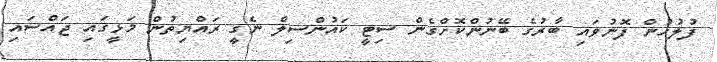
ފުލުހުން ފޮނުވައި ބާރުގެ ބޭނުންކޮށްގެން ސިޓީ ކައުންސިލް ނެގީ ރައްޔިތުން މަޅީގައި ޖައްސައި